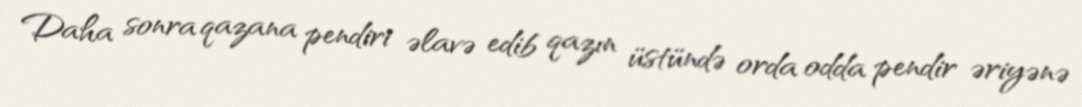
Daha sonra qazana pendiri əlavə edib qazın üstündə orda odda pendir əriyənə